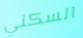
السكني